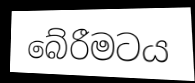
බේරීමටය